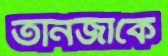
তানজাকে